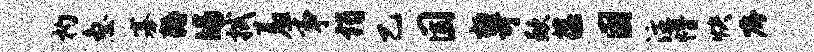
杓急寡耨皤拭羞事谒乙固桓苛歉葆固注懵快嘱